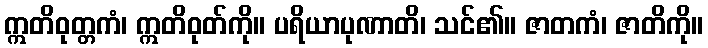
ဣတိဝုတ္တကံ၊ ဣတိဝုတ်ကို။ ပရိယာပုဏာတိ၊ သင်၏။ ဇာတကံ၊ ဇာတိကို။